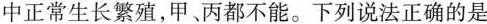
中正常生长繁殖，甲、丙都不能。下列说法正确的是